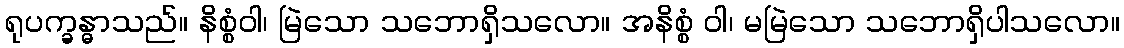
ရုပက္ခန္ဓာသည်။ နိစ္စံဝါ၊ မြဲသော သဘောရှိသလော။ အနိစ္စံ ဝါ၊ မမြဲသော သဘောရှိပါသလော။